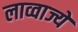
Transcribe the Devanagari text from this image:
लाव्वाज्ये